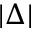
| \Delta |